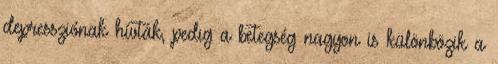
depressziónak hívták, pedig a betegség nagyon is különbözik a